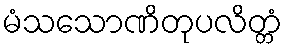
မံသသောဏိတုပလိတ္တံ